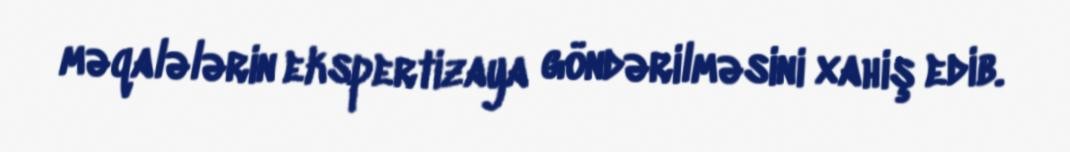
məqalələrin ekspertizaya göndərilməsini xahiş edib.